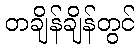
တချိန်ချိန်တွင်